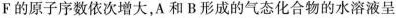
F的原子序数依次增大，A和B形成的气态化合物的水溶液呈